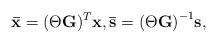
LaTeX: \begin{align*} \mathbf{\bar{x}}=(\Theta\mathbf{G})^T \mathbf{x}, \mathbf{\bar{s}}={{(\Theta \mathbf{G})}^{-1}}\mathbf{s}, \end{align*}